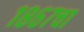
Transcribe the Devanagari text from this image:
१८६७चा